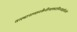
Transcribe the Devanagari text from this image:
तत्स्थानाच्छनकैर्नीत्वाकदाचिज्जाह्नवीजले